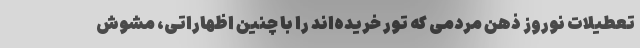
تعطیلات نوروز ذهن مردمی که تور خریده‌اند را با چنین اظهاراتی، مشوش